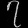
Digit: ၇